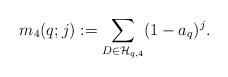
LaTeX: \begin{align*} m_4(q;j):= \sum_{D\in \mathcal H_{q,4}}(1-a_q)^j.\end{align*}